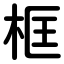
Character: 框